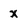
Character: x